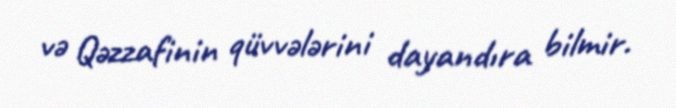
və Qəzzafinin qüvvələrini dayandıra bilmir.